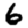
Digit: 6